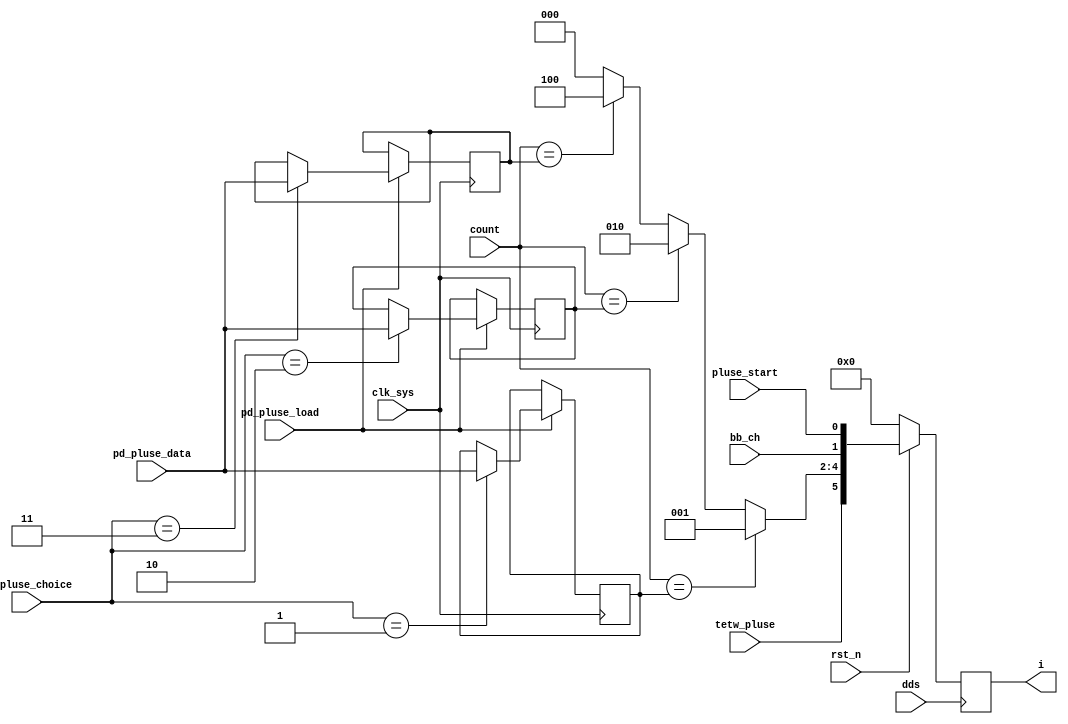
module pd_pluse_coder(
                      clk_sys,
                      dds,
                      rst_n,
                      count,
                      pd_pluse_load,
                      pd_pluse_choice,
                      pd_pluse_data,
                      pluse_start,
                      i,
                      bb_ch,
                      tetw_pluse
                      );
input clk_sys;
input dds;
input rst_n;
input [15:0] count;
input pd_pluse_load;
input [3:0]pd_pluse_choice;
input [15:0]pd_pluse_data;
input pluse_start;
input bb_ch;
input tetw_pluse;

output [5:0] i;

reg [15:0] pd_pluse_data1;
reg [15:0] pd_pluse_data2;
reg [15:0] pd_pluse_data3;

reg [2:0] i_reg;
reg [5:0] i;

always @ (posedge clk_sys)
    begin
         if(pd_pluse_load == 1'b1)
             begin
                  case(pd_pluse_choice)
                      1:
                          begin
                               pd_pluse_data1 <= pd_pluse_data;
                          end
                      2:
                          begin
                               pd_pluse_data2 <= pd_pluse_data;
                          end
                      3:
                          begin
                               pd_pluse_data3 <= pd_pluse_data;
                          end

                  endcase

                        
            end
        else
            begin
                 pd_pluse_data1 <= pd_pluse_data1;
                 pd_pluse_data2 <= pd_pluse_data2;
                 pd_pluse_data3 <= pd_pluse_data3;
            end
    end


//always @ (count or pd_pluse_data1 or pd_pluse_data2 or pd_pluse_data3 or pd_pluse_data4 or pd_pluse_data5 or pd_pluse_data6)
   always @ (count or pd_pluse_data1 or pd_pluse_data2 or pd_pluse_data3 ) 
    begin
         case (count)
             pd_pluse_data1:
                 i_reg = 3'b001;
             pd_pluse_data2:
                 i_reg = 3'b010;
             pd_pluse_data3:
                 i_reg = 3'b100;                
             default:
                 i_reg = 3'b000;
         endcase
    end

always @ (posedge dds)
    begin
         if (rst_n == 1'b0)
             i <= 6'b000000;
         else
             i <= {tetw_pluse,i_reg,bb_ch,pluse_start};
    end

endmodule